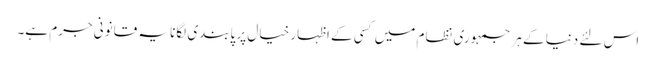
اس لئے دنیا کے ہر جمہوری نظام میں کسی کے اظہار خیال پر پابندی لگانا یہ قانونی جرم ہے۔